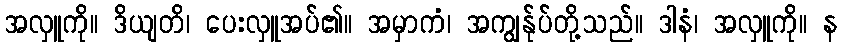
အလှူကို။ ဒိယျတိ၊ ပေးလှူအပ်၏။ အမှာကံ၊ အကျွန်ုပ်တို့သည်။ ဒါနံ၊ အလှူကို။ န